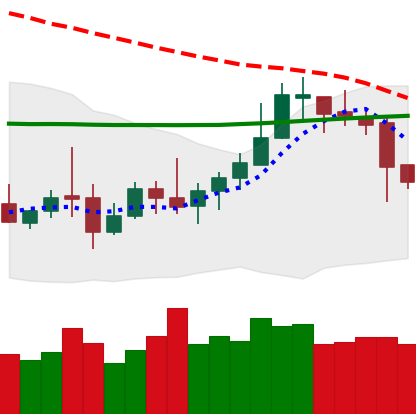
Ticker: LTC-USD
Chart end date: 2020-10-17
Forward return: 15.33%
Label: up_7plus